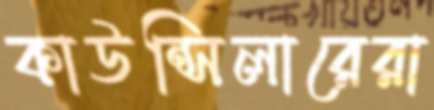
কাউন্সিলারেরা